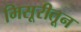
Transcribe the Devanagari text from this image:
मिसूरीतून